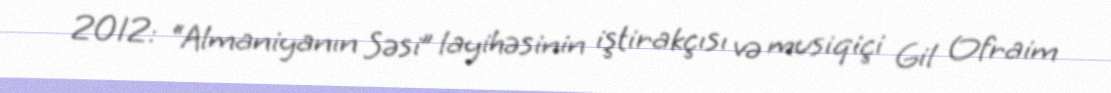
2012: “Almaniyanın Səsi” layihəsinin iştirakçısı və musiqiçi Gil Ofraim